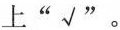
上”√”。